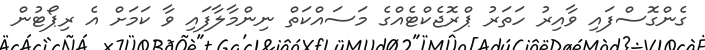
ގެންގޮސްފައި ވާއިރު ހަތަރު ޕްރޮޖެކްޓެއްގެ މަސައްކަތް ނިންމާލާފައި ވާ ކަމަށް އެ ރިޕޯޓުން